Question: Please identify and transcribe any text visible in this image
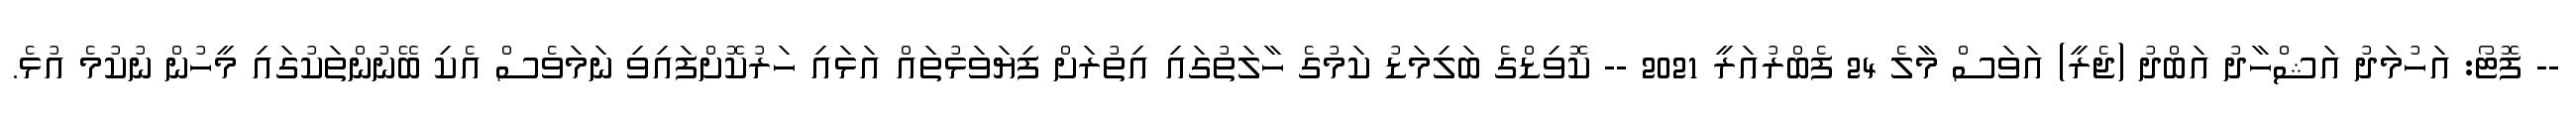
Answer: -- ފޮޓޯ: އަހުމަދު އަޝްހާދު އަބްދު (ޖެރީ) އަވަސް މާލެ 24 ފެބްރުއަރީ 2021 -- ކޮވިޑްގެ ބަލިމަޑު ކަމުގެ ހާލަތުގައި އިތުރަށް ފިޔަވަޅުތައް އަޅައި ހަރުކޮށްފައިވި ނަމަވެސް އެކި ބޭނުންތަކުގައި މީހުން ނުކުމެ އުޅެ.